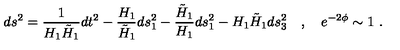
d s ^ { 2 } = \frac { 1 } { H _ { 1 } \tilde { H } _ { 1 } } d t ^ { 2 } - \frac { H _ { 1 } } { \tilde { H } _ { 1 } } d s _ { 1 } ^ { 2 } - \frac { \tilde { H } _ { 1 } } { H _ { 1 } } d s _ { 1 } ^ { 2 } - H _ { 1 } \tilde { H } _ { 1 } d s _ { 3 } ^ { 2 } \quad , \quad e ^ { - 2 \phi } \sim 1 \ .